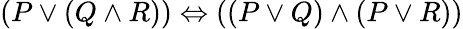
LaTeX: (P\lor(Q\land R))\Leftrightarrow((P\lor Q)\land(P\lor R))